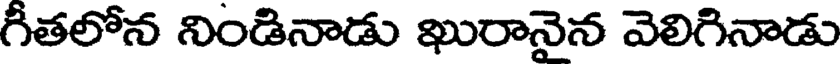
గీతలోన నిండినాడు ఖురానైన వెలిగినాడు